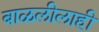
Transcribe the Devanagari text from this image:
बाळलीलाही